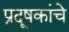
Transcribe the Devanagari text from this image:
प्रदूषकांचे